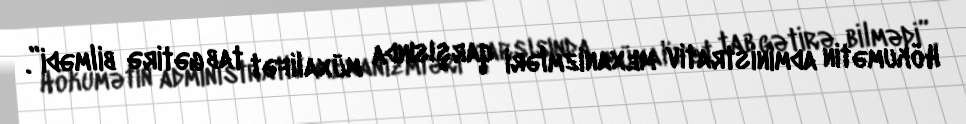
Hökumətin administrativ mexanizmləri qarşısında müxalifət tab gətirə bilmədi”.